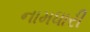
નામધારી